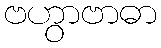
ဗဟွာဗာဓာ